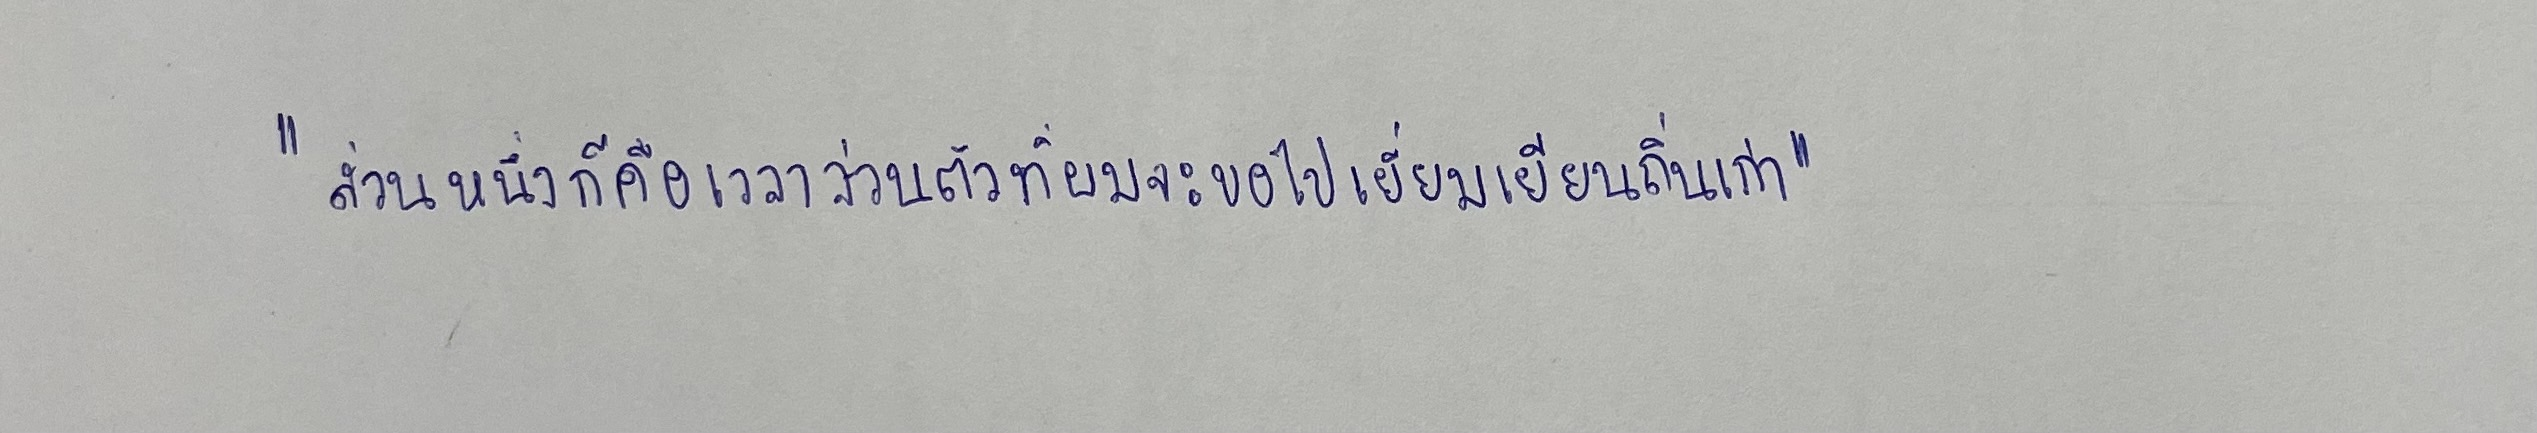
"ส่วนหนึ่งก็คือเวลาส่วนตัวที่ผมจะขอไปเยี่ยมเยียนถิ่นเก่า"